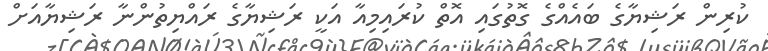
ކުރިން ރަޝިޔާގެ ބައެއްގެ ގޮތުގައި އޮތް ކުރައިމިއާ އަކީ ރަޝިޔާގެ ރައްޔިތުންނާ ރަޝިޔާއަށް